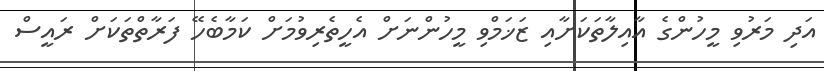
އަދި މަރުވި މީހުންގެ އާއިލާތަކަށާއި ޒަޚަމްވި މީހުންނަށް އެހީތެރިވުމަށް ކަމާބެހޭ ފަރާތްތަކަށް ރައީސް